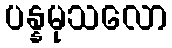
ပန္နမုသလော